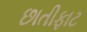
છાતીફાટ